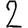
Digit: 2